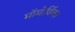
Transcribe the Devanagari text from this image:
मॉमोर्डिका